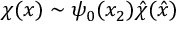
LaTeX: \chi ( x ) \sim \psi _ { 0 } ( x _ { 2 } ) { \hat { \chi } } ( { \hat { x } } )